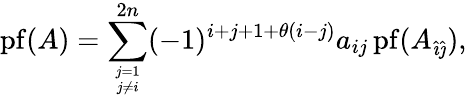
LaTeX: \operatorname{pf}(A)=\sum_{{j=1}\atop{j\neq i}}^{2n}(-1)^{i+j+1+\theta(i-j)}a_{ij}\operatorname{pf}(A_{{\hat{\imath}}{\hat{\jmath}}}),